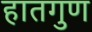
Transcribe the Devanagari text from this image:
हातगुण